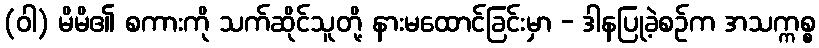
(ဝါ) မိမိ၏ စကားကို သက်ဆိုင်သူတို့ နားမထောင်ခြင်းမှာ - ဒါနပြုခဲ့စဉ်က အသက္ကစ္စ